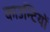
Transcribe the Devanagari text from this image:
काउन्टियों